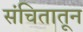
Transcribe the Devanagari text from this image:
संचितातून